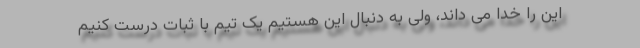
این را خدا می داند، ولی به دنبال این هستیم یک تیم با ثبات درست کنیم